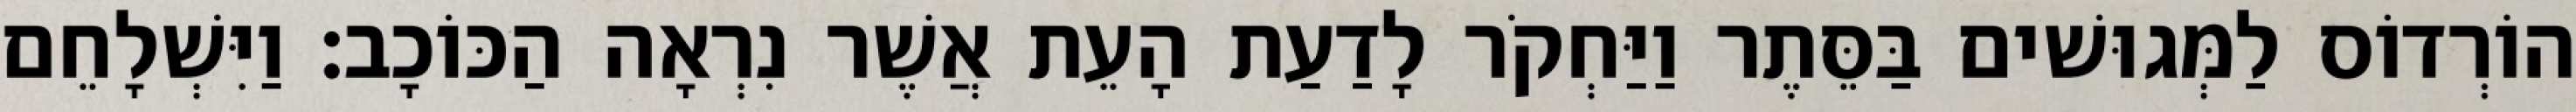
הוֹרְדוֹס לַמְּגוּשׁים בַּסֵּתֶר וַיַּחְקֹר לָדַעַת הָעֵת אֲשֶׁר נִרְאָה הַכּוֹכָב׃ וַיִּשְׁלָחֵם